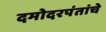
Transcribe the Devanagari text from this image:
दमोदरपंतांचे